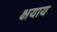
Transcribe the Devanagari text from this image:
क्षयाय